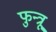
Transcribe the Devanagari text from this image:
फुन्त्रू